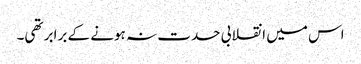
اس میں انقلابی حدت نہ ہونے کے برابر تھی۔